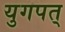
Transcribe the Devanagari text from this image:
युगपत्